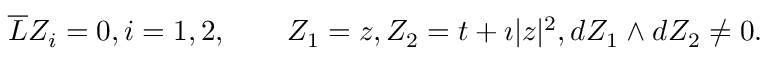
{ \overline { { L } } } Z _ { i } = 0 , i = 1 , 2 , \qquad Z _ { 1 } = z , Z _ { 2 } = t + \imath | z | ^ { 2 } , d Z _ { 1 } \wedge d Z _ { 2 } \not = 0 .